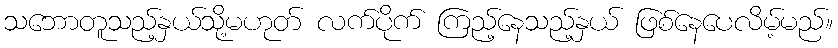
သဘောတူသည့်နှယ်သို့မဟုတ် လက်ပိုက် ကြည့်နေသည့်နှယ် ဖြစ်နေပေလိမ့်မည်။